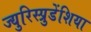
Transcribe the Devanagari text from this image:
ज्युरिस्प्रुडेंशिया